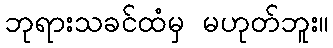
ဘုရားသခင်ထံမှ မဟုတ်ဘူး။